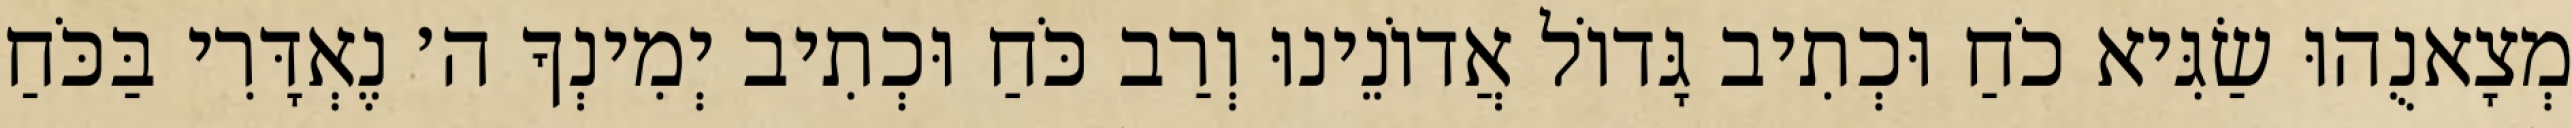
מְצָאנֻהוּ שַׂגִּיא כֹחַ וּכְתִיב גָּדוֹל אֲדוֹנֵינוּ וְרַב כֹּחַ וּכְתִיב יְמִינְךָ ה׳ נֶאְדָּרִי בַּכֹּחַ